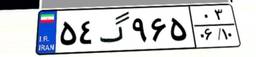
۵۴گ۹۶۵۰۳